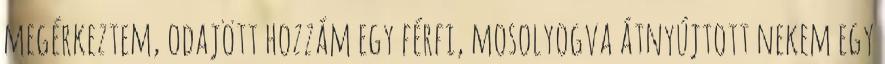
megérkeztem, odajött hozzám egy férfi, mosolyogva átnyújtott nekem egy